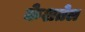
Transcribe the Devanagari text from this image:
केशतेल